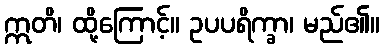
ဣတိ၊ ထို့ကြောင့်။ ဥပပရိက္ခာ၊ မည်၏။